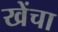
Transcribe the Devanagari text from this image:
खेंचा